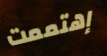
إهتممت